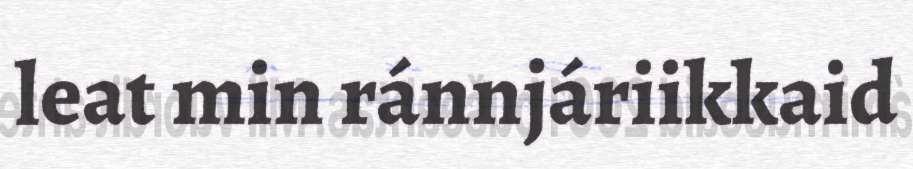
leat min ránnjáriikkaid